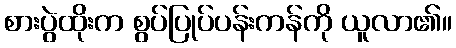
စားပွဲထိုးက စွပ်ပြုပ်ပန်းကန်ကို ယူလာ၏။